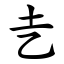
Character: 㐋